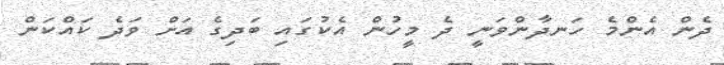
ދެން އެންމެ ހަނދާންވަނީ ދެ މީހުން އެކުގައި ބަދިގެ އަށް ވަދެ ކައްކަން